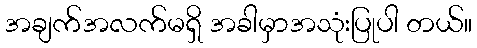
အချက်အလက်မရှိ အခါမှာအသုံးပြုပါ တယ်။